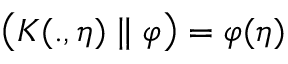
\left( K ( . , \eta ) \parallel \varphi \right) = \varphi ( \eta )